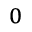
_ 0